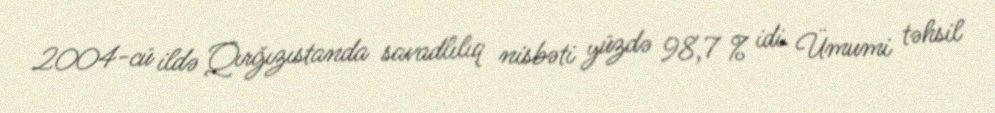
2004-cü ildə Qırğızıstanda savadlılıq nisbəti yüzdə 98,7 % idi. Ümumi təhsil